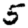
Digit: 5